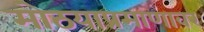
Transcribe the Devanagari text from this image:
मोठयाप्रमाणावर